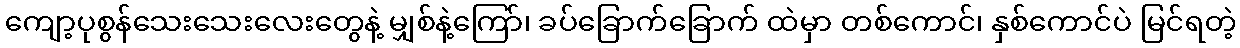
ကျော့ပုစွန်သေးသေးလေးတွေနဲ့ မျှစ်နဲ့ကြော်၊ ခပ်ခြောက်ခြောက် ထဲမှာ တစ်ကောင်၊ နှစ်ကောင်ပဲ မြင်ရတဲ့